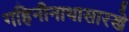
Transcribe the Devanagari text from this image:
गहिनीनाथासारखे